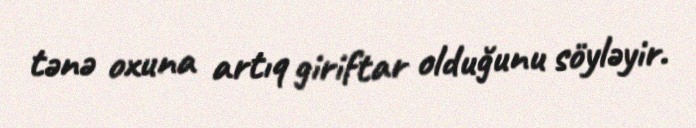
tənə oxuna artıq giriftar olduğunu söyləyir.